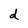
Character: d